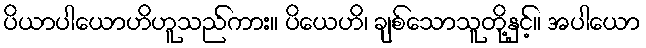
ပိယာပါယောဟိဟူသည်ကား။ ပိယေဟိ၊ ချစ်သောသူတို့နှင့်။ အပါယော